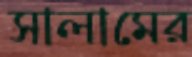
সালামের